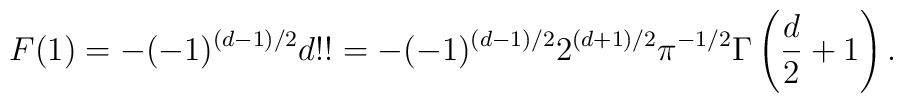
F(1)=-(-1)^{(d-1)/2}d!!=-(-1)^{(d-1)/2}2^{(d+1)/2}\pi^{-1/2}\Gamma\left({d\over2}+1\right).